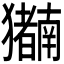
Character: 𬍍